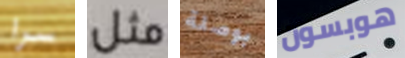
سرا مثل بوصلة هوبسون